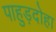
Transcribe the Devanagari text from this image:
पाहुड़दोहा